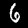
Label: 6